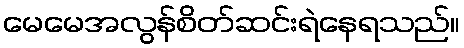
မေမေအလွန်စိတ်ဆင်းရဲနေရသည်။